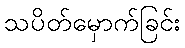
သပိတ်မှောက်ခြင်း